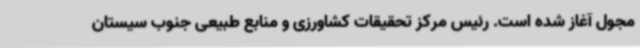
مجول آغاز شده است. رئیس مرکز تحقیقات کشاورزی و منابع طبیعی جنوب سیستان